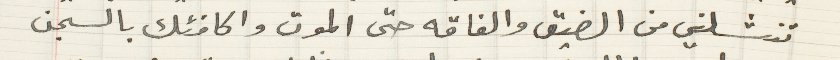
تنشلني من الضيق والفاقه حتى الموت واكافئك بالسجن